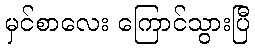
မှင်စာလေး ကြောင်သွားပြီ